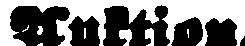
Auktion.